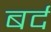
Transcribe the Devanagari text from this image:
बर्द